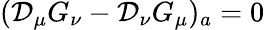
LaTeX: ({\cal D}_{\mu}G_{\nu}-{\cal D}_{\nu}G_{\mu})_{a}=0